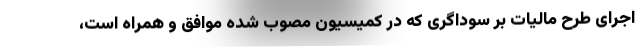
اجرای طرح مالیات بر سوداگری که در کمیسیون مصوب شده موافق و همراه است،